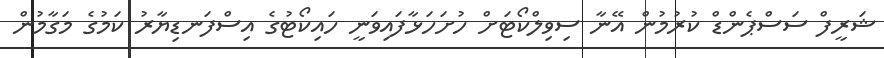
ޝަރީފް ސަސްޕެންޑް ކުރުމުން އޭނާ ސިވިލްކޯޓަށް ހުށަހަޅާފައިވަނީ ހައިކޯޓުގެ އިސްފަނޑިޔާރު ކަމުގެ މަގާމުން